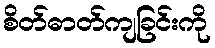
စိတ်ဓာတ်ကျခြင်းကို